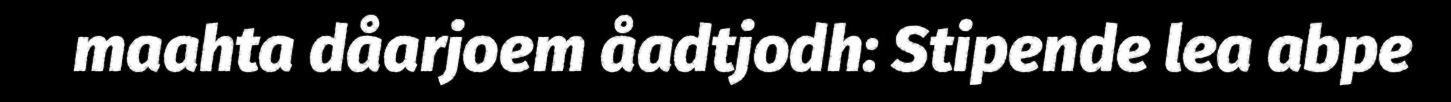
maahta dåarjoem åadtjodh: Stipende lea abpe